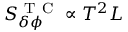
S _ { \delta \phi } ^ { \mathrm { ~ T ~ C ~ } } \propto T ^ { 2 } L